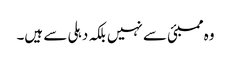
وہ ممبئی سے نہیں بلکہ دہلی سے ہیں۔